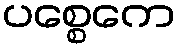
ပစ္စေကေ